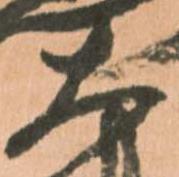
大